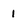
Character: 1